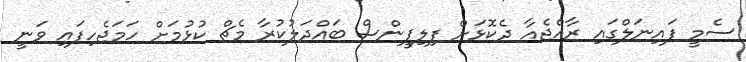
ސެމީ ފައިނަލްގައި ރާއްޖެއާ ދެކޮޅަށް ފިލިޕީންސް ބައްދަލުކުރާ މެޗް ކުޅުމަށް ހަމަޖެހިފައި ވަނީ